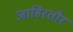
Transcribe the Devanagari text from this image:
जाहिरतौर